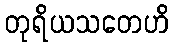
တုရိယသတေဟိ